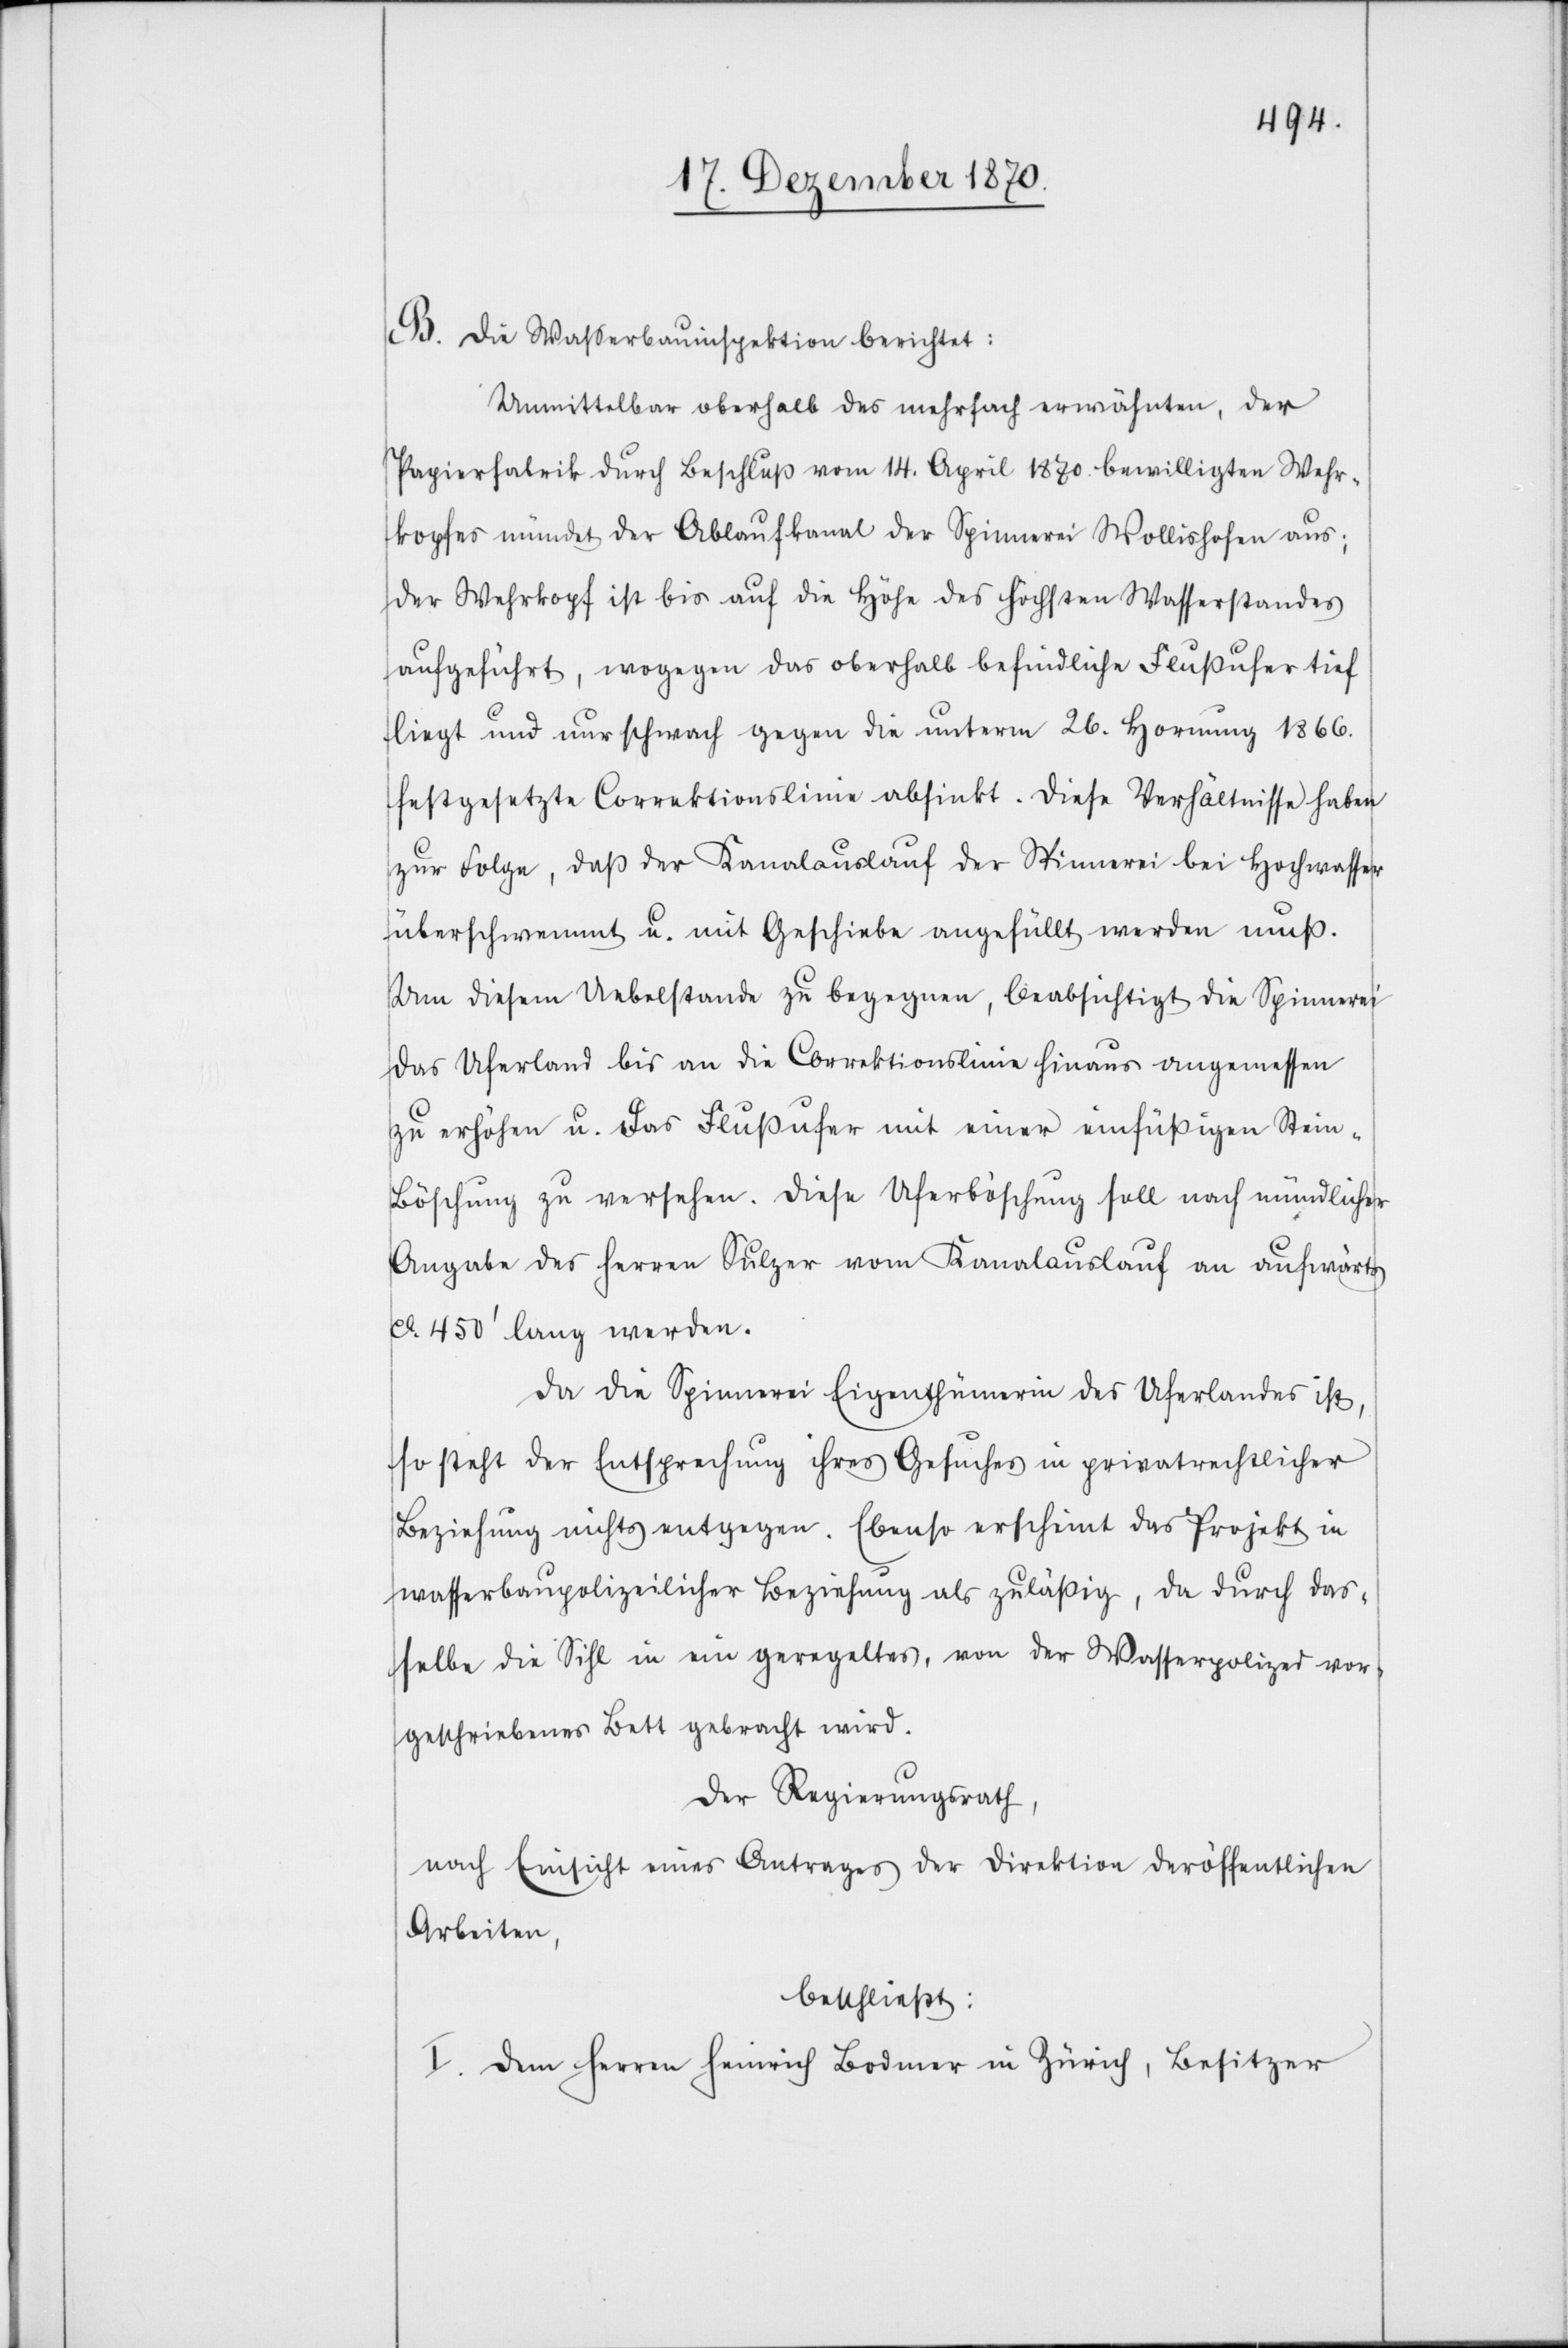
B. Die Waßerbauinspektion berichtet:
Unmittelbar oberhalb des mehrfach erwähnten, der
Papierfabrik durch Beschluß vom 14. April 1870. bewilligten Wehr¬
kopfes mündet der Ablaufkanal der Spinnerei Wollishofen aus;
der Wehrkopf ist bis auf die Höhe des höchsten Wasserstandes
aufgeführt, wogegen das oberhalb befindliche Flussufer tief
liegt und nur schwach gegen die unterm 26. Hornung 1866.
festgesetzte Correktionslinie absinkt. Diese Verhältnisse haben
zur Folge, daß der Kanalauslauf der Spinnerei bei Hochwasser
überschwemmt u. mit Geschiebe angefüllt werden muß.
Um diesem Uebelstande zu begegnen, beabsichtigt die Spinnerei
das Uferland bis an die Correktionslinie hinaus angemessen
zu erhöhen u. das Flussufer mit einer einfüßigen Stein-B¬
öschung zu versehen. Diese Uferböschung soll nach mündlicher
Angabe des Herren Sulzer vom Kanalauslauf an aufwärts
ca. 450’ lang werden.
Da die Spinnerei Eigenthümerin des Uferlandes ist,
so steht der Entsprechung ihres Gesuches in privatrechtlicher
Beziehung nichts entgegen. Ebenso erscheint das Projekt in
wasserbaupolizeilicher Beziehung als zulässig, da durch das¬
selbe die Sihl in ein geregeltes, von der Wasserpolizei vor¬
geschriebenes Bett gebracht wird.
Der Regierungsrath,
nach Einsicht eines Antrages der Direktion der öffentlichen
Arbeiten,
beschließt:
I. Dem Herren Heinrich Bodmer in Zürich, Besitzer